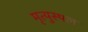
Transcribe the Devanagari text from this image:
मृत्युस्थल